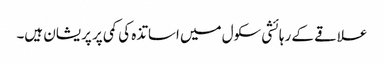
علاقے کے رہائشی سکول میں اساتذہ کی کمی پر پریشان ہیں۔